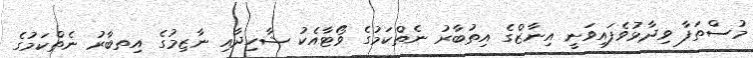
މުސްތަފާ ވިދާޅުވެފައިވަނީ އިނާޒްގެ އިތުބާރު ނެތްކަމުގެ ވޯޓާއެކު ޝާހިދާއި ނާޒިމުގެ އިތބާރު ނެތްކަމުގެ